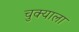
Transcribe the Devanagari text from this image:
चुक्याला